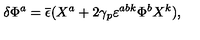
\delta \Phi ^ { a } = \overline { \epsilon } ( X ^ { a } + 2 \gamma _ { p } \varepsilon ^ { a b k } \Phi ^ { b } X ^ { k } ) ,